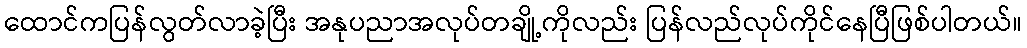
ထောင်ကပြန်လွတ်လာခဲ့ပြီး အနုပညာအလုပ်တချို့ကိုလည်း ပြန်လည်လုပ်ကိုင်နေပြီဖြစ်ပါတယ်။